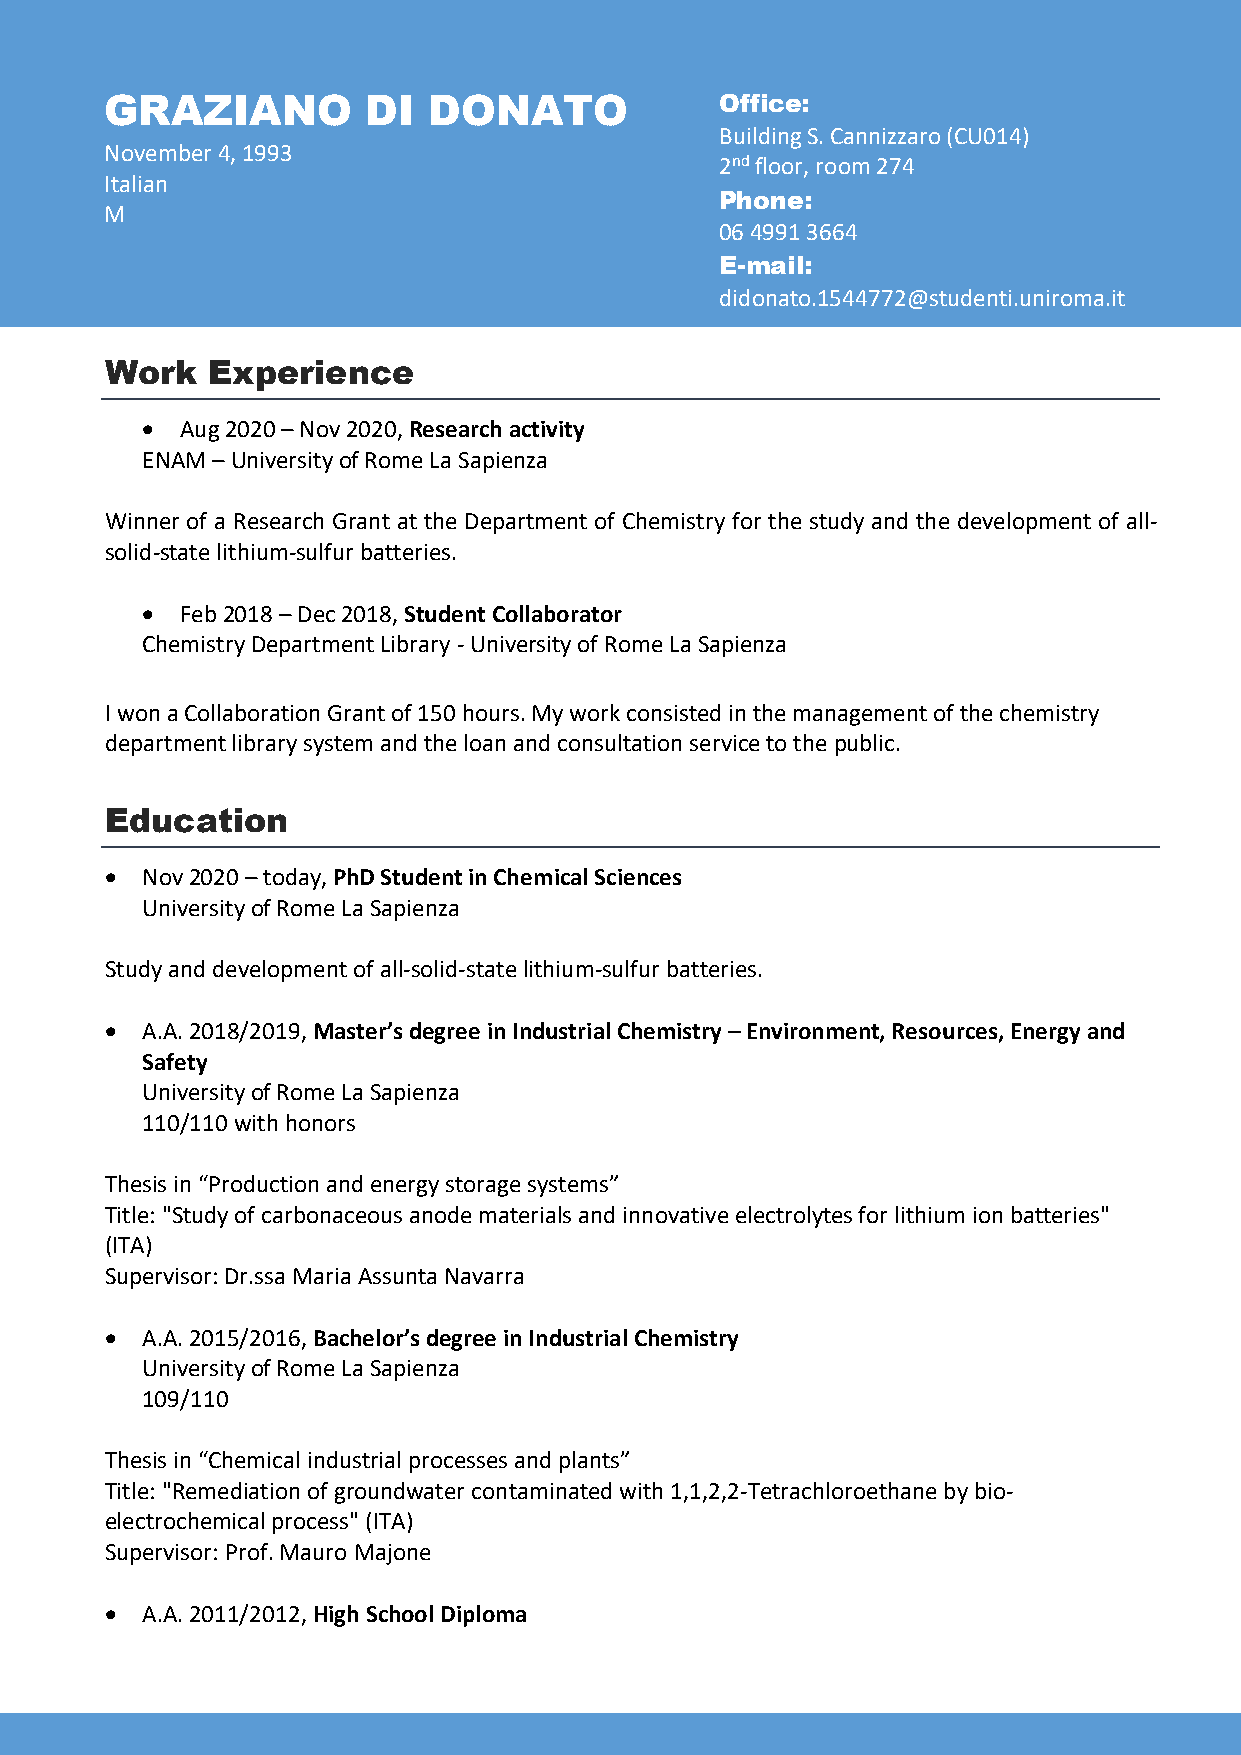
GRAZIANO         DI  DONATO              Office:
 Building S. Cannizzaro (CU014)
 November 4, 1993
 2nd floor, room 274
 Italian
 Phone:
 M
 06 4991 3664
 E-mail:
 didonato.1544772@studenti.uniroma.it
 Work   Experience
   Aug 2020 – Nov 2020, Research activity
 ENAM – University of Rome La Sapienza
 Winner of a Research Grant at the Department of Chemistry for the study and the development of all-
 solid-state lithium-sulfur batteries.
   Feb 2018 – Dec 2018, Student Collaborator
 Chemistry Department Library - University of Rome La Sapienza
 I won a Collaboration Grant of 150 hours. My work consisted in the management of the chemistry
 department library system and the loan and consultation service to the public.
 Education
  Nov 2020 – today, PhD Student in Chemical Sciences
 University of Rome La Sapienza
 Study and development of all-solid-state lithium-sulfur batteries.
  A.A. 2018/2019, Master’s degree in Industrial Chemistry – Environment, Resources, Energy and
 Safety
 University of Rome La Sapienza
 110/110 with honors
 Thesis in “Production and energy storage systems”
 Title: "Study of carbonaceous anode materials and innovative electrolytes for lithium ion batteries"
 (ITA)
 Supervisor: Dr.ssa Maria Assunta Navarra
  A.A. 2015/2016, Bachelor’s degree in Industrial Chemistry
 University of Rome La Sapienza
 109/110
 Thesis in “Chemical industrial processes and plants”
 Title: "Remediation of groundwater contaminated with 1,1,2,2-Tetrachloroethane by bio-
 electrochemical process" (ITA)
 Supervisor: Prof. Mauro Majone
  A.A. 2011/2012, High School Diploma